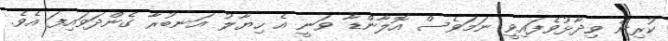
ކުރިން ވިދާޅުވެފައިވީ ނަމަވެސް އޮލާންޑާ ވަނީ އެ ހިޔާލު އަނބުރާ ގެންދަވައިފަ އެވެ.